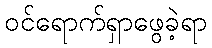
ဝင်ရောက်ရှာဖွေခဲ့ရာ